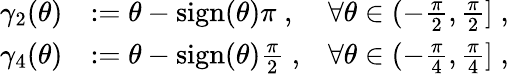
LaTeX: \begin{array}{rlr}{\gamma_{2}(\theta)}&{:=\theta-\mathrm{sign}(\theta)\pi\; ,}&{\forall\theta\in(-\frac{\pi}{2},\frac{\pi}{2}]\; ,}\\ {\gamma_{4}(\theta)}&{:=\theta-\mathrm{sign}(\theta)\frac{\pi}{2}\; ,}&{\forall\theta\in(-\frac{\pi}{4},\frac{\pi}{4}]\; ,}\end{array}